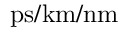
\mathrm { { p s / k m / n m } }